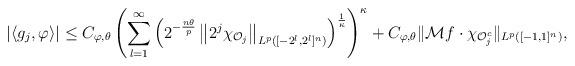
LaTeX: \begin{align*}|\langle g_{j},\varphi \rangle|\le C_{\varphi,\theta}\left(\sum_{l=1}^\infty\left(2^{-\frac{n\theta}{p}}\left\|2^j \chi_{{\mathcal O}_j}\right\|_{L^{p}([-2^l,2^l]^n)}\right)^{\frac{1}{\kappa}}\right)^{\kappa}+C_{\varphi,\theta}\| {\mathcal M} f \cdot \chi_{{\mathcal O}_j^c}\|_{L^p([-1,1]^n)},\end{align*}